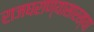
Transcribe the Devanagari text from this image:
राजघराण्यासारख्या